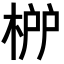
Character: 𣓠